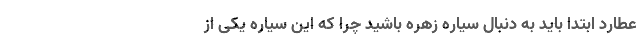
عطارد ابتدا باید به دنبال سیاره زهره باشید چرا که این سیاره یکی از